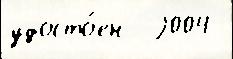
удосто́ен  2004